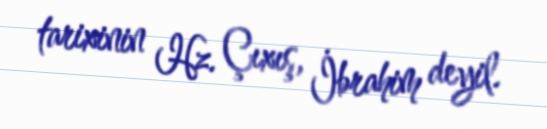
tarixinin Hz. Çıxış, İbrahim deyil.